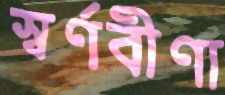
স্বর্ণবীণা